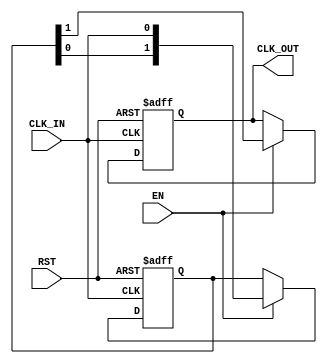
module DelayClockBuffer #(
    parameter DELAY_CYCLES = 2 // Configurable delay in clock cycles
)(
    input wire CLK_IN,          // Input clock signal
    input wire EN,             // Enable signal
    input wire RST,            // Asynchronous reset signal
    output reg CLK_OUT         // Delayed output clock signal
);
    
    // Internal signal for clock delay
    reg [DELAY_CYCLES-1:0] clk_delay; 
    integer i;

    always @(posedge CLK_IN or posedge RST) begin
        if (RST) begin
            // Asynchronous reset: clear the output clock
            CLK_OUT <= 1'b0;
            clk_delay <= 0;
        end else if (EN) begin
            // Shift the delayed clock signal
            clk_delay <= {clk_delay[DELAY_CYCLES-2:0], CLK_IN};
            // Assign delayed clock to output
            CLK_OUT <= clk_delay[DELAY_CYCLES-1];
        end else begin
            // If not enabled, the output clock remains at the last state
            CLK_OUT <= CLK_OUT;
        end
    end

endmodule